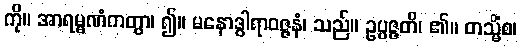
ကို။ အာရမ္မဏံကတွာ၊ ၍။ မနောဒွါရာဝဇ္ဇနံ၊ သည်။ ဥပ္ပဇ္ဇတိ၊ ၏။ တသ္မိံစ၊